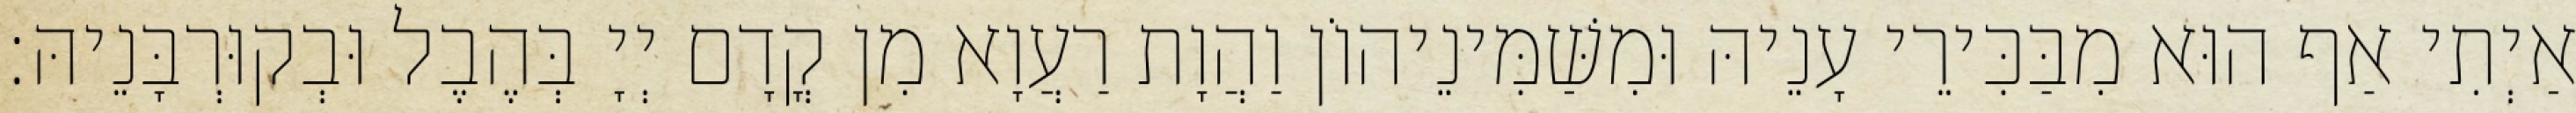
אַיְתִי אַף הוּא מִבַּכִּירֵי עָנֵיהּ וּמִשַּׁמִּינֵיהוֹן וַהֲוָת רַעֲוָא מִן קֳדָם יְיָ בְּהֶבֶל וּבְקוּרְבָּנֵיהּ׃